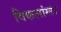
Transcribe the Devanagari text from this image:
विकलांग्‍ता